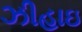
ઝીહાઇ